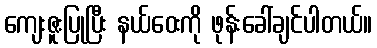
ကျေးဇူးပြုပြီး နယ်ဝေးကို ဖုန်းခေါ်ချင်ပါတယ်။